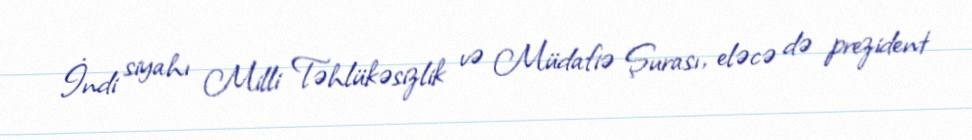
İndi siyahı Milli Təhlükəsizlik və Müdafiə Şurası, eləcə də prezident